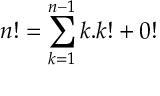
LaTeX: n ! = \sum _ { k = 1 } ^ { n - 1 } k . k ! + 0 !